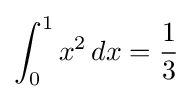
\int _{0}^{1}x^{2}\,dx={\frac {1}{3}}